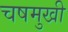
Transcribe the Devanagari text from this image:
चषमुखी